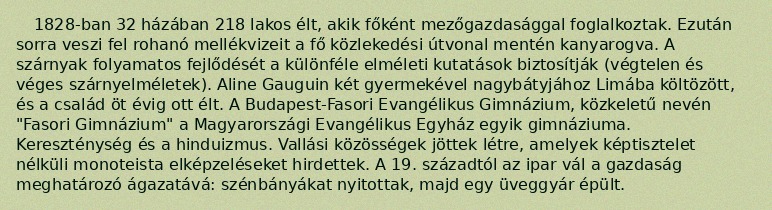
1828-ban 32 házában 218 lakos élt, akik főként mezőgazdasággal foglalkoztak. Ezután sorra veszi fel rohanó mellékvizeit a fő közlekedési útvonal mentén kanyarogva. A szárnyak folyamatos fejlődését a különféle elméleti kutatások biztosítják (végtelen és véges szárnyelméletek). Aline Gauguin két gyermekével nagybátyjához Limába költözött, és a család öt évig ott élt. A Budapest-Fasori Evangélikus Gimnázium, közkeletű nevén "Fasori Gimnázium" a Magyarországi Evangélikus Egyház egyik gimnáziuma. Kereszténység és a hinduizmus. Vallási közösségek jöttek létre, amelyek képtisztelet nélküli monoteista elképzeléseket hirdettek. A 19. századtól az ipar vál a gazdaság meghatározó ágazatává: szénbányákat nyitottak, majd egy üveggyár épült.